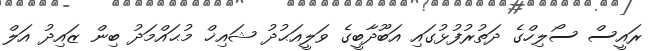
ރައީސް ސޯލިހްގެ ދަތުރުފުޅުގައި އަބޫދާބީގެ ވަލީއަޙުދު ޝައިޚް މުޙައްމަދު ބިން ޒައިދު އަލް